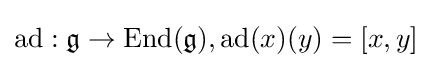
\operatorname {ad} :{\mathfrak {g}}\to \operatorname {End} ({\mathfrak {g}}),\operatorname {ad} (x)(y)=[x,y]